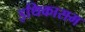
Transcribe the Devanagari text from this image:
इथिकासम